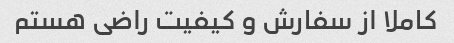
کاملا از سفارش و کیفیت راضی هستم